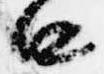
口